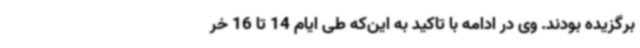
برگزیده بودند. وی در ادامه با تاکید به این‌که طی ایام 14 تا 16 خر